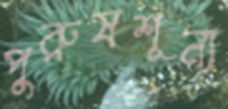
পুরুষশূন্য